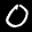
Label: 0